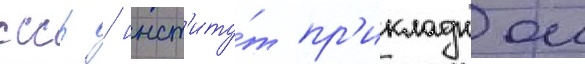
ссср / инст'иту́т пр'икладнои